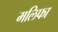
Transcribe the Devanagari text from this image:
मलिफा